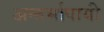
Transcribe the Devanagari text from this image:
अन्तर्भाषायी